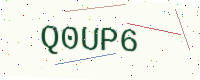
Text: Q0UP6